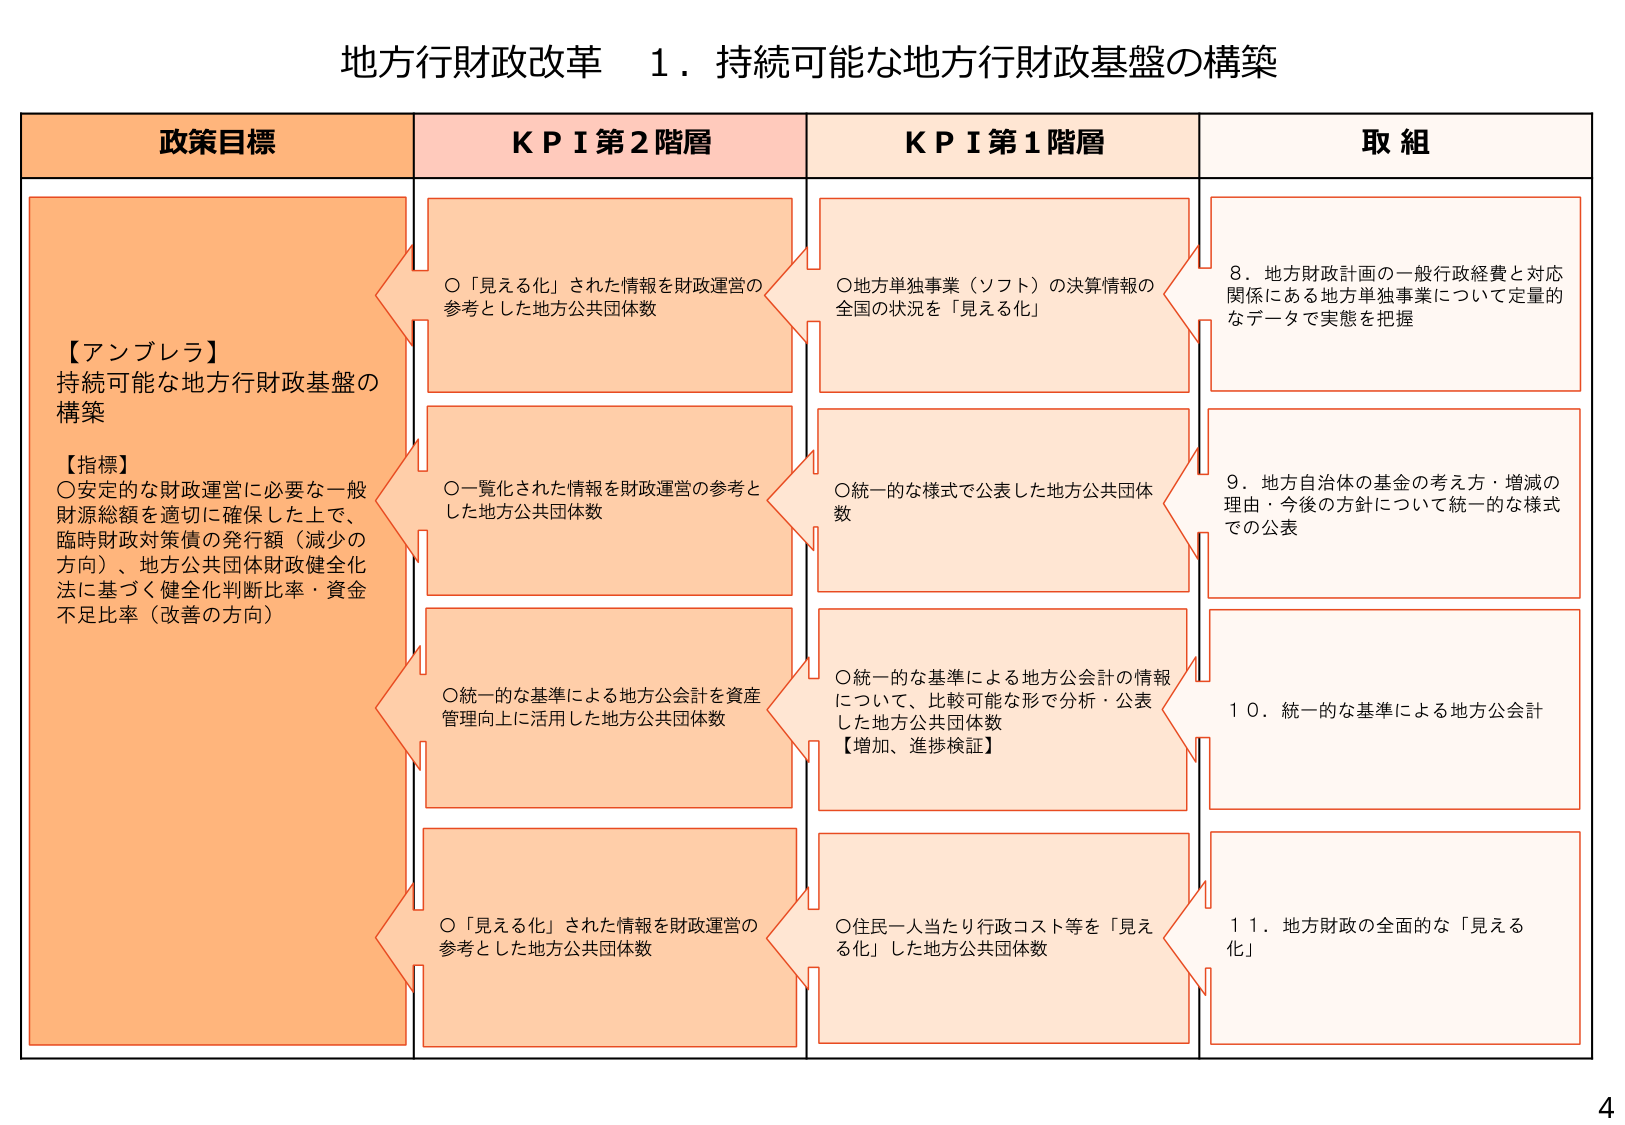
地方行財政改革 １．持続可能な地方行財政基盤の構築

政策目標
【アンブレラ】
持続可能な地方行財政基盤の構築
【指標】
〇安定的な財政運営に必要な一般財源総額を適切に確保した上で、
臨時財政対策債の発行額（減少の方向）、地方公共団体財政健全化法に基づく健全化判断比率・資金不足比率（改善の方向）

ＫＰＩ第２階層
〇「見える化」された情報を財政運営の参考とした地方公共団体数
〇一覧化された情報を財政運営の参考とした地方公共団体数
〇統一的な基準による地方公会計を資産管理向上に活用した地方公共団体数
〇「見える化」された情報を財政運営の参考とした地方公共団体数

ＫＰＩ第１階層
〇地方単独事業（ソフト）の決算情報の全国の状況を「見える化」
〇統一的な様式で公表した地方公共団体数
〇統一的な基準による地方公会計の情報について、比較可能な形で分析・公表した地方公共団体数【増加、進捗検証】
〇住民一人当たり行政コスト等を「見える化」した地方公共団体数

取組
８．地方財政計画の一般行政経費と対応関係にある地方単独事業について定量的なデータで実態を把握
９．地方自治体の基金の考え方・増減の理由・今後の方針について統一的な様式での公表
１０．統一的な基準による地方公会計
１１．地方財政の全面的な「見える化」

4